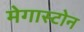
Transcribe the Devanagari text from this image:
मेगास्टोन